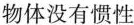
物体没有惯性